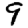
Digit: 9